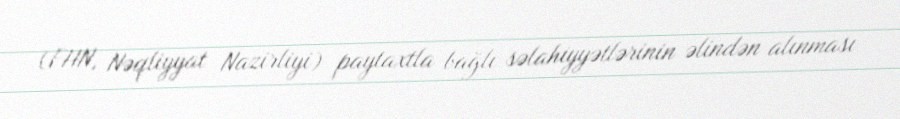
(FHN, Nəqliyyat Nazirliyi) paytaxtla bağlı səlahiyyətlərinin əlindən alınması